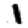
Digit: 1